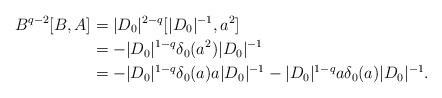
LaTeX: \begin{align*} B^{q-2}[B,A] &= |D_0|^{2-q}[|D_0|^{-1},a^2]\\ &= -|D_0|^{1-q}\delta_0(a^2)|D_0|^{-1}\\ &= -|D_0|^{1-q}\delta_0(a)a|D_0|^{-1}-|D_0|^{1-q}a\delta_0(a)|D_0|^{-1}. \end{align*}